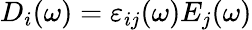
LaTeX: D_{i}(\omega)=\varepsilon_{ij}(\omega)E_{j}(\omega)